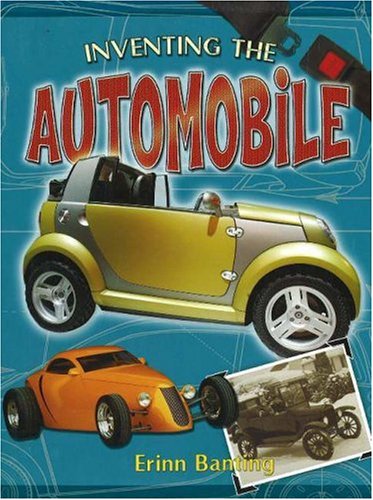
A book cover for Inventing the Automobile (Breakthrough Inventions); Erinn Banting; Children's Books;